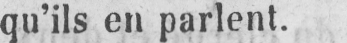
qu’ils en parlent.